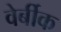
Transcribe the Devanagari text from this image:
वेर्बीक